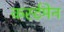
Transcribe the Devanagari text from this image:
कर्स्टमेन